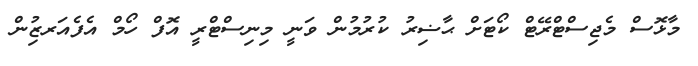
މާޅޮސް މެޖިސްޓްރޭޓް ކޯޓަށް ޙާޟިރު ކުރުމުން ވަނީ މިނިސްޓްރީ އޮފް ހޯމް އެފެއަރޒިުން